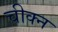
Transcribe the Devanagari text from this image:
चीक्न